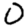
Digit: 0